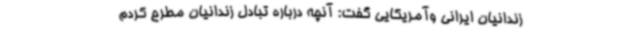
زندانیان ایرانی وآمریکایی گفت: آنچه درباره تبادل زندانیان مطرح کردم